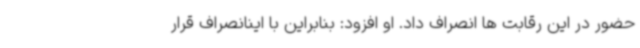
حضور در این رقابت ها انصراف داد. او افزود: بنابراین با اینانصراف قرار